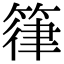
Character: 箻